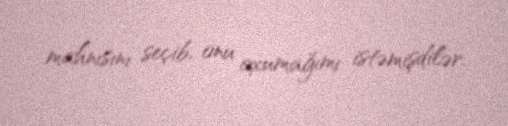
mahnısını seçib, onu oxumağımı istəmişdilər.